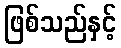
ဖြစ်သည်နှင့်